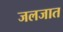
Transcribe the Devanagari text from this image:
जलजात